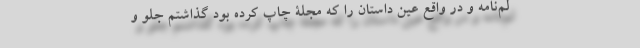
لم‌نامه و در واقع عین داستان را که مجلۀ چاپ کرده بود گذاشتم جلو و